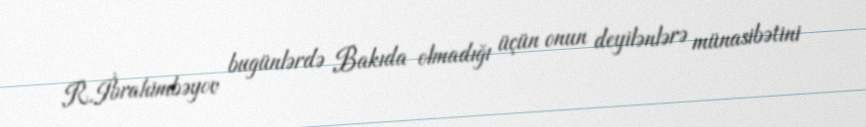
R.İbrahimbəyov bugünlərdə Bakıda olmadığı üçün onun deyilənlərə münasibətini